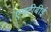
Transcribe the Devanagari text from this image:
एमटीबीई